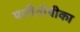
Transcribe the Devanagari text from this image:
पारीतोषीका